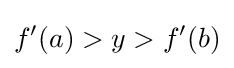
f'(a)>y>f'(b)